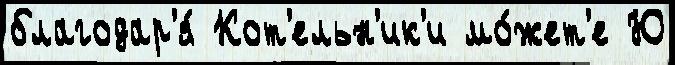
благодар'я́ Кот'ельн'ик'и мо́жет'е Ю